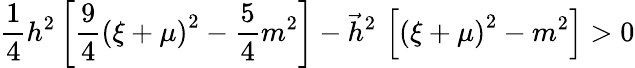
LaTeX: \frac 14h^{2}\left[\frac 94\left(\xi+\mu\right)^{2}-\frac 54m^{2}\right]-\vec{h}^{2}\, \left[\left(\xi+\mu\right)^{2}-m^{2}\right]>0